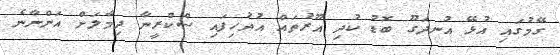
ގޭމުގައި އުޅޭ އުނދަގޫ ބޮޑު ކުދި އޫރުތައް އުދުހިފައި ސްކްރީނާ ދިމާލަށް އަންނާނެ